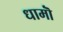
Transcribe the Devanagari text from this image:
धामॊं